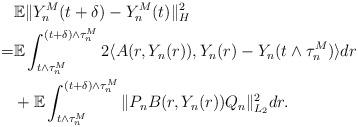
LaTeX: \begin{align*}& \mathbb{E}\Vert Y_n^M (t+\delta) - Y_n^M (t) \Vert_{H}^2 \\= & \mathbb{E}\int_{t\wedge\tau_n^M}^{(t+\delta)\wedge\tau_n^M} 2\langle A(r,Y_n(r)), Y_n(r) - Y_n(t\wedge\tau_n^M) \rangle dr \\& + \mathbb{E}\int_{t\wedge\tau_n^M}^{(t+\delta)\wedge\tau_n^M} \Vert P_n B(r,Y_n(r))Q_n \Vert_{L_2}^2 dr .\end{align*}